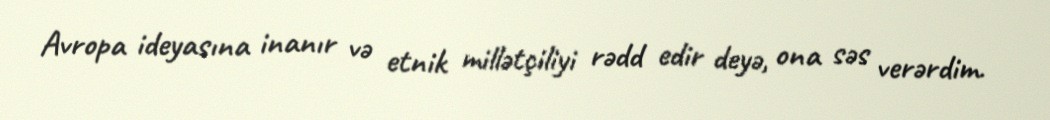
Avropa ideyasına inanır və etnik millətçiliyi rədd edir deyə, ona səs verərdim.